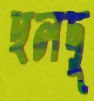
হলদু